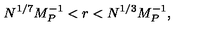
N ^ { 1 / 7 } M _ { P } ^ { - 1 } < r < N ^ { 1 / 3 } M _ { P } ^ { - 1 } ,